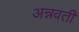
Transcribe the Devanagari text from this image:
अन्नवती